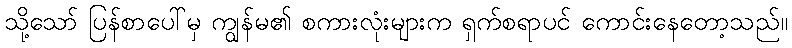
သို့သော် ပြန်စာပေါ်မှ ကျွန်မ၏ စကားလုံးများက ရှက်စရာပင် ကောင်းနေတော့သည်။